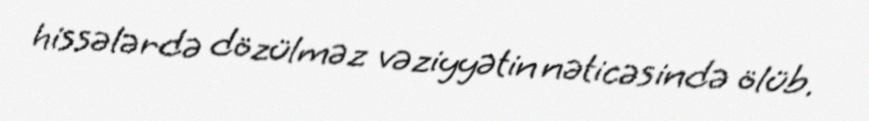
hissələrdə dözülməz vəziyyətin nəticəsində ölüb.